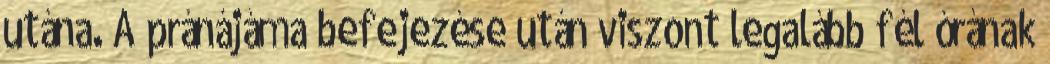
utána. A pránájáma befejezése után viszont legalább fél órának